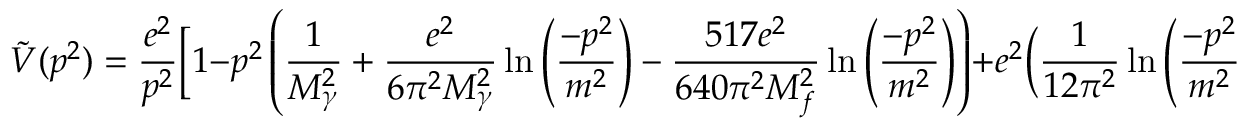
\tilde { V } ( p ^ { 2 } ) = \frac { e ^ { 2 } } { p ^ { 2 } } \biggl [ 1 - p ^ { 2 } \left( \frac { 1 } { M _ { \gamma } ^ { 2 } } + \frac { e ^ { 2 } } { 6 \pi ^ { 2 } M _ { \gamma } ^ { 2 } } \ln \left( \frac { - p ^ { 2 } } { m ^ { 2 } } \right) - \frac { 5 1 7 e ^ { 2 } } { 6 4 0 \pi ^ { 2 } M _ { f } ^ { 2 } } \ln \left( \frac { - p ^ { 2 } } { m ^ { 2 } } \right) \right) + e ^ { 2 } \biggl ( \frac { 1 } { 1 2 \pi ^ { 2 } } \ln \left( \frac { - p ^ { 2 } } { m ^ { 2 } } \right) \biggr ) \biggr ] \ ,